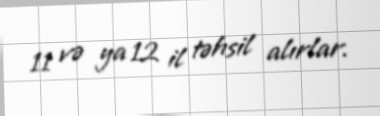
11 və ya 12 il təhsil alırlar.